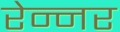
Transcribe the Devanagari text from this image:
रेन्नर